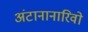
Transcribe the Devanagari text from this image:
अंटानानारिवो